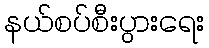
နယ်စပ်စီးပွားရေး